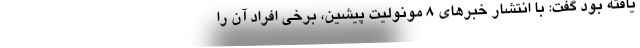
یافته بود گفت: با انتشار خبرهای 8 مونولیت پیشین، برخی افراد آن را